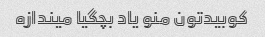
کوبیدتون منو یاد بچگیا میندازه